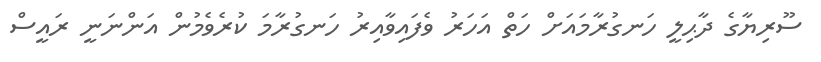
ސޫރިޔާގެ ދާޙިލީ ހަނގުރާމައަށް ހަތް އަހަރު ވެފައިވާއިރު ހަނގުރާމަ ކުރެވެމުން އަންނަނީ ރައީސް